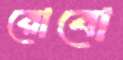
রোবো